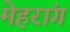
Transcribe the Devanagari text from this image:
मेहरांग